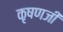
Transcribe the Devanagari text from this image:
कृषणजी